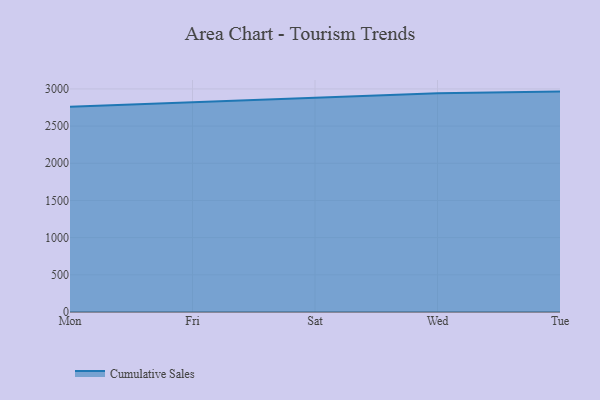
{"axis": {"x": "Day", "y": "Energy Usage (MWh)"}, "legend": ["Cumulative Sales"], "data": [{"x": "Mon", "y": 2760.2, "type": "Cumulative Sales"}, {"x": "Fri", "y": 2819.1, "type": "Cumulative Sales"}, {"x": "Sat", "y": 2873.7, "type": "Cumulative Sales"}, {"x": "Wed", "y": 2941.2, "type": "Cumulative Sales"}, {"x": "Tue", "y": 2963.9, "type": "Cumulative Sales"}]}